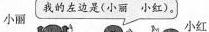
小丽 我的左边是(小丽 小红)。小红